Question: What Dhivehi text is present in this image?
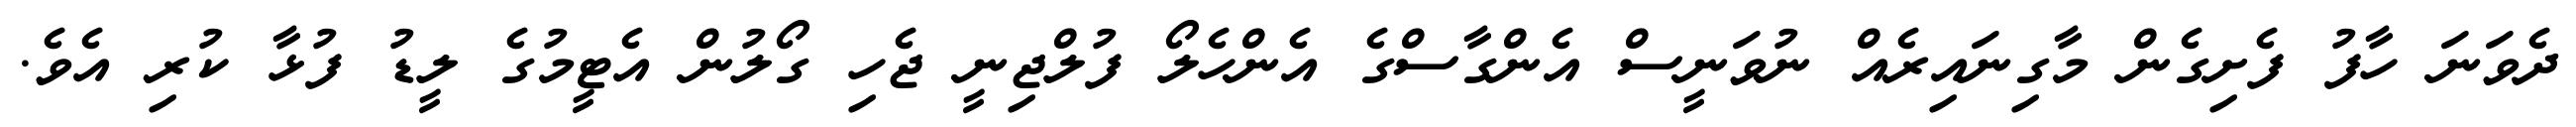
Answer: ދެވަނަ ހާފު ފެށިގެން މާގިނައިރެއް ނުވަނީސް އެންގާސްގެ އެންހެލޯ ފުލްޖިނީ ޖެހި ގޯލުން އެޓީމުގެ ލީޑު ފުޅާ ކުރި އެވެ.